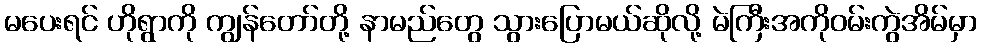
မပေးရင် ဟိုရွာကို ကျွန်တော်တို့ နာမည်တွေ သွားပြောမယ်ဆိုလို့ မဲကြီးအကိုဝမ်းကွဲအိမ်မှာ